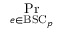
\operatorname* { P r } _ { e \in { \mathrm { B S C } } _ { p } }